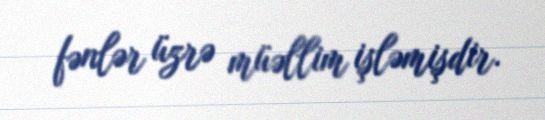
fənlər üzrə müəllim işləmişdir.